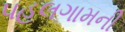
પહલગામની